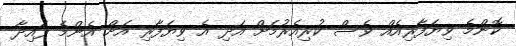
ކޮންމެ ވިޔަފާރިއެއް ވެސް ކުރިއެރުމަށް އަދި އެ ވިޔަފާރި އަށް އެންމެ ފައިދާ